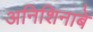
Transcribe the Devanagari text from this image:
अनिशिनाबे